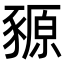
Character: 豲